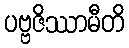
ပဗ္ဗဇိဿာမီတိ